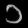
Digit: ၁